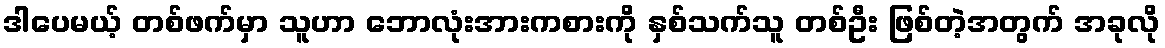
ဒါပေမယ့် တစ်ဖက်မှာ သူဟာ ဘောလုံးအားကစားကို နှစ်သက်သူ တစ်ဦး ဖြစ်တဲ့အတွက် အခုလို